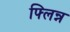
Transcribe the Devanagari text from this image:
फ्लिन्न